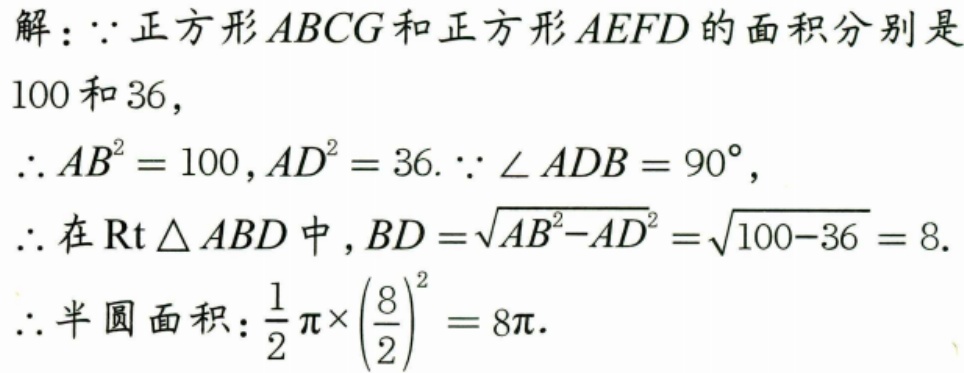
解：\(\because\)正方形\(ABCG\)和正方形\(AEFD\)的面积分别是
\(100\)和\(36\)，
\(\therefore AB^{2}=100,AD^{2}=36.\because\angle ADB = 90^{\circ}\)，
\(\therefore\)在\(\text{Rt}\triangle ABD\)中，\(BD=\sqrt{AB^{2}-AD^{2}}=\sqrt{100 - 36}=8\).
\(\therefore\)半圆面积：\(\frac{1}{2}\pi\times\left(\frac{8}{2}\right)^{2}=8\pi\).